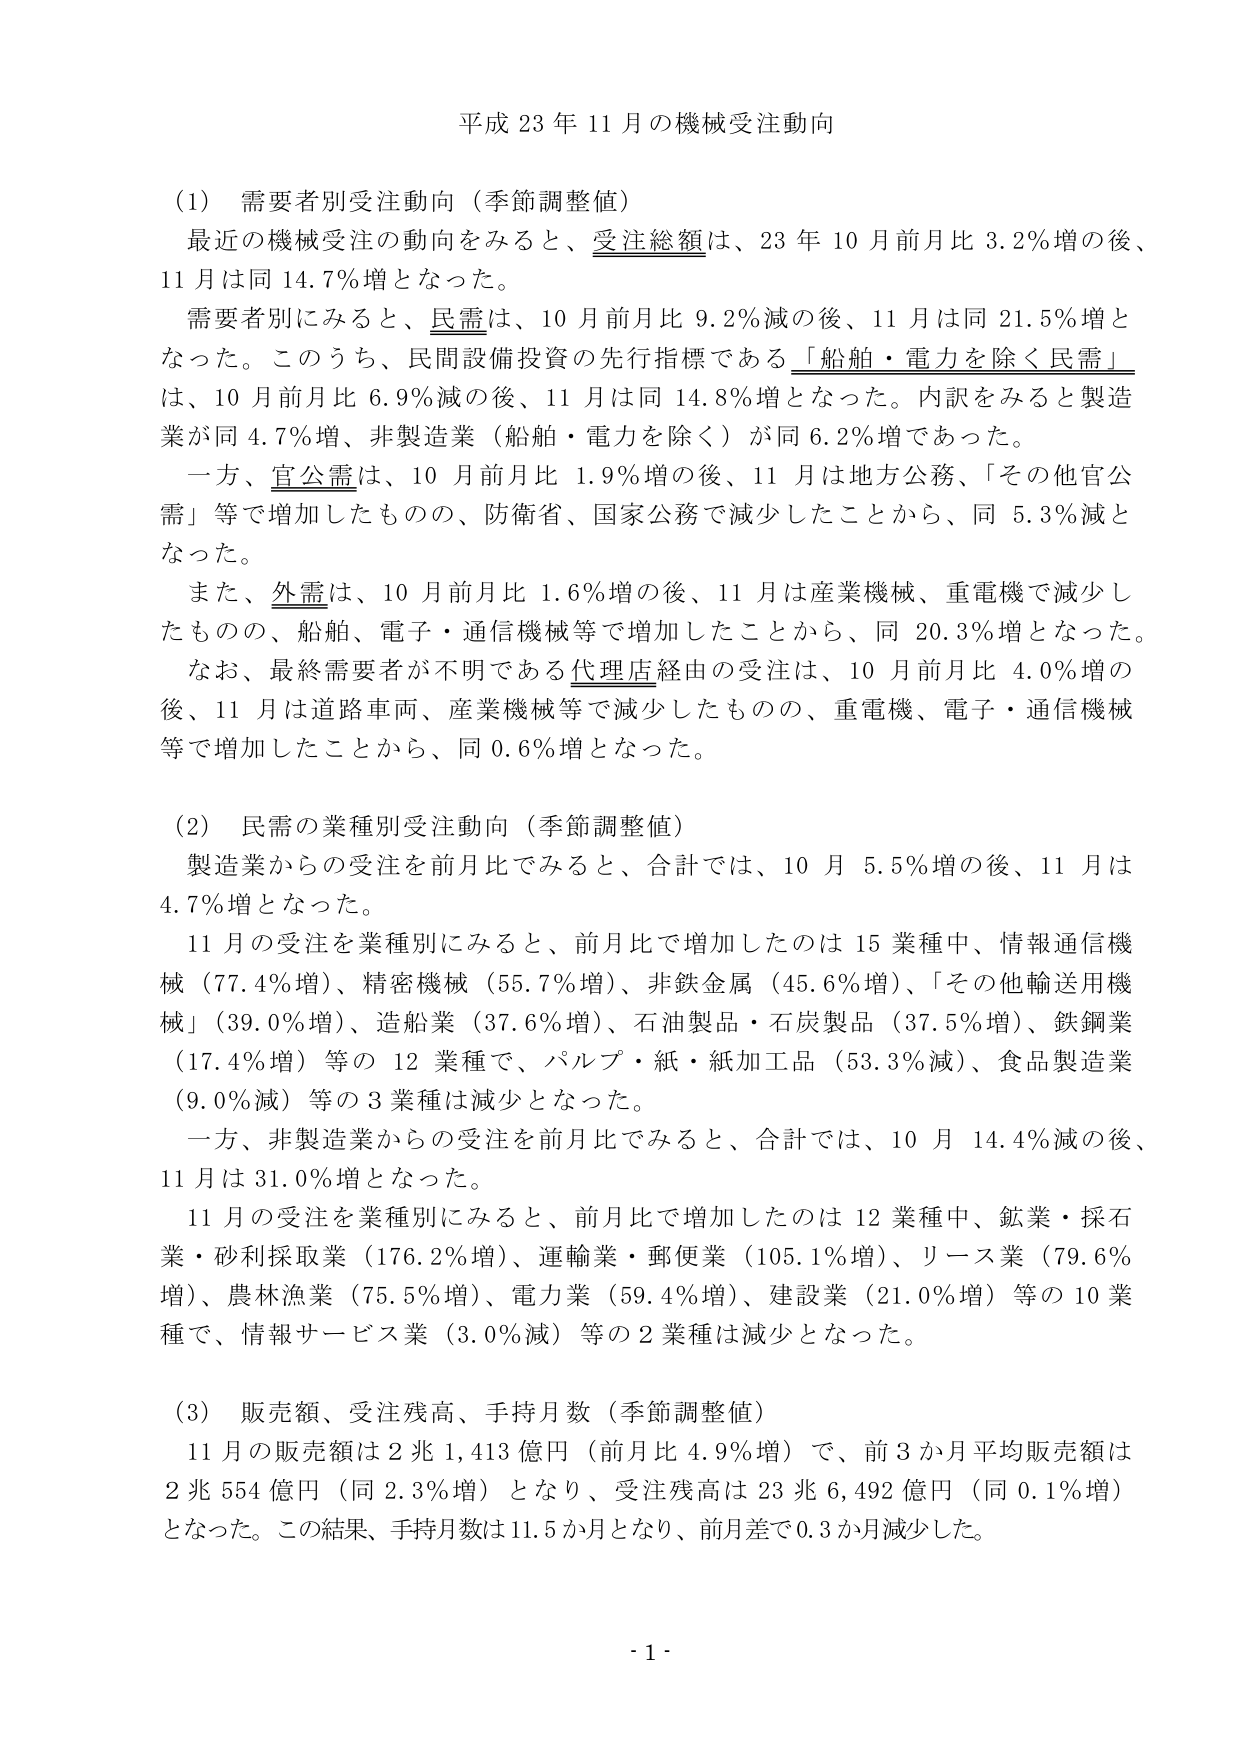
平成 23 年 11 月の機械受注動向

(1) 需要者別受注動向（季節調整値）
最近の機械受注の動向をみると、受注総額は、23 年 10 月前月比 3.2％増の後、
11 月は同 14.7％増となった。
需要者別にみると、民需は、10 月前月比 9.2％減の後、11 月は同 21.5％増と
なった。このうち、民間設備投資の先行指標である「船舶・電力を除く民需」
は、10 月前月比 6.9％減の後、11 月は同 14.8％増となった。内訳をみると製造
業が同 4.7％増、非製造業（船舶・電力を除く）が同 6.2％増であった。
一方、官公需は、10 月前月比 1.9％増の後、11 月は地方公務、「その他官公
需」等で増加したものの、防衛省、国家公務で減少したことから、同 5.3％減と
なった。
また、外需は、10 月前月比 1.6％増の後、11 月は産業機械、重電機で減少し
たものの、船舶、電子・通信機械等で増加したことから、同 20.3％増となった。
なお、最終需要者が不明である代理店経由の受注は、10 月前月比 4.0％増の
後、11 月は道路車両、産業機械等で減少したものの、重電機、電子・通信機械
等で増加したことから、同 0.6％増となった。

(2) 民需の業種別受注動向（季節調整値）
製造業からの受注を前月比でみると、合計では、10 月 5.5％増の後、11 月は
4.7％増となった。
11 月の受注を業種別にみると、前月比で増加したのは 15 業種中、情報通信機
械（77.4％増）、精密機械（55.7％増）、非鉄金属（45.6％増）、「その他輸送用機
械」（39.0％増）、造船業（37.6％増）、石油製品・石炭製品（37.5％増）、鉄鋼業
（17.4％増）等の 12 業種で、パルプ・紙・紙加工品（53.3％減）、食品製造業
（9.0％減）等の 3 業種は減少となった。
一方、非製造業からの受注を前月比でみると、合計では、10 月 14.4％減の後、
11 月は 31.0％増となった。
11 月の受注を業種別にみると、前月比で増加したのは 12 業種中、鉱業・採石
業・砂利採取業（176.2％増）、運輸業・郵便業（105.1％増）、リース業（79.6％
増）、農林漁業（75.5％増）、電力業（59.4％増）、建設業（21.0％増）等の 10 業
種で、情報サービス業（3.0％減）等の 2 業種は減少となった。

(3) 販売額、受注残高、手持月数（季節調整値）
11 月の販売額は 2 兆 1,413 億円（前月比 4.9％増）で、前 3 か月平均販売額は
2 兆 554 億円（同 2.3％増）となり、受注残高は 23 兆 6,492 億円（同 0.1％増）
となった。この結果、手持月数は 11.5 か月となり、前月差で 0.3 か月減少した。

- 1 -